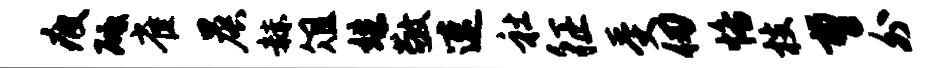
疲砥雀晨赫俎姝敬速社征受仞恪枝曹外